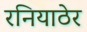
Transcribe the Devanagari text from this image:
रनियाठेर